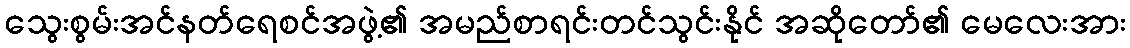
သွေးစွမ်းအင်နတ်ရေစင်အဖွဲ့၏ အမည်စာရင်းတင်သွင်းနိုင် အဆိုတော်၏ မေလေးအား